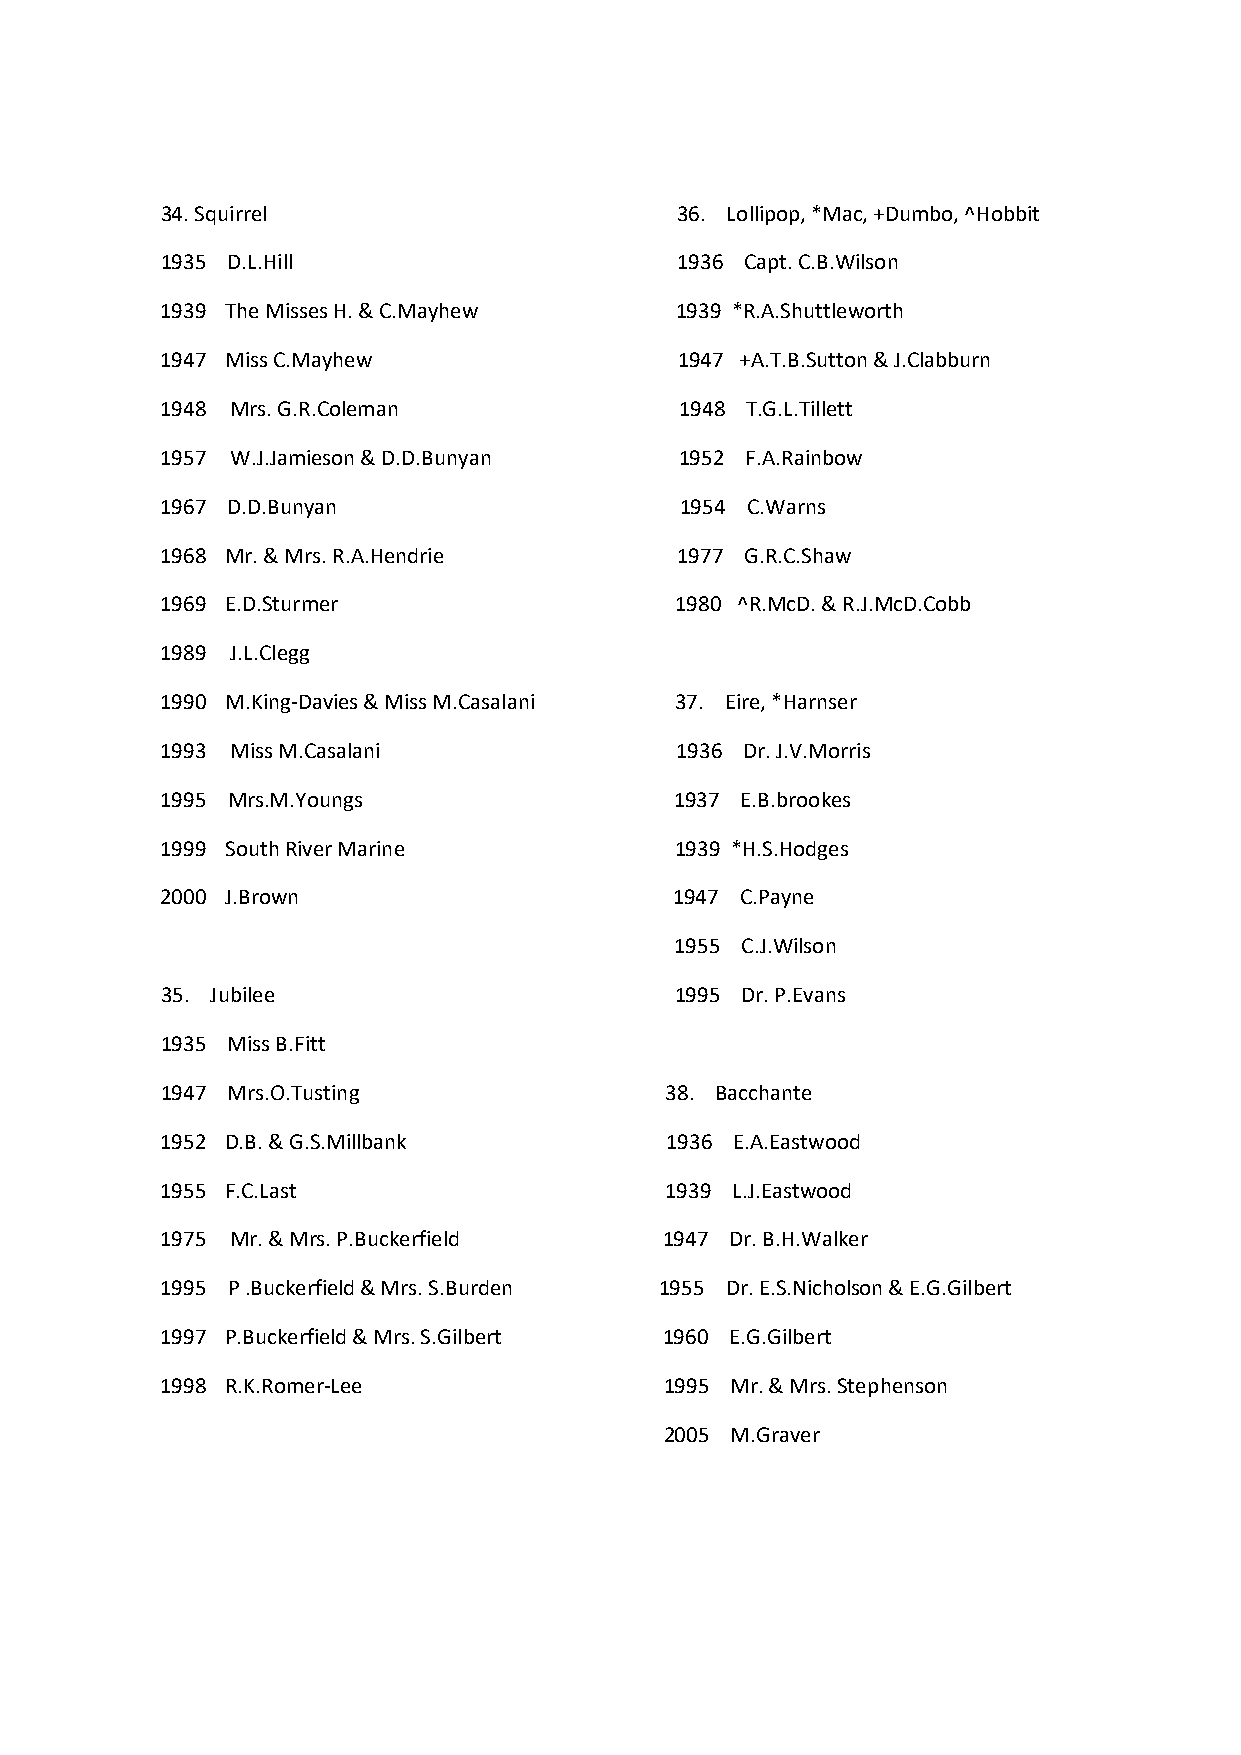
34. Squirrel                      36. Lollipop, *Mac, +Dumbo, ^Hobbit
 1935 D.L.Hill                     1936 Capt. C.B.Wilson
 1939 The Misses H. & C.Mayhew     1939 *R.A.Shuttleworth
 1947 Miss C.Mayhew                1947 +A.T.B.Sutton & J.Clabburn
 1948 Mrs. G.R.Coleman             1948 T.G.L.Tillett
 1957 W.J.Jamieson & D.D.Bunyan    1952 F.A.Rainbow
 1967 D.D.Bunyan                   1954 C.Warns
 1968 Mr. & Mrs. R.A.Hendrie       1977 G.R.C.Shaw
 1969 E.D.Sturmer                  1980 ^R.McD. & R.J.McD.Cobb
 1989 J.L.Clegg
 1990 M.King-Davies & Miss M.Casalani 37. Eire, *Harnser
 1993 Miss M.Casalani              1936 Dr. J.V.Morris
 1995 Mrs.M.Youngs                 1937 E.B.brookes
 1999 South River Marine           1939 *H.S.Hodges
 2000 J.Brown                      1947 C.Payne
 1955 C.J.Wilson
 35. Jubilee                       1995 Dr. P.Evans
 1935 Miss B.Fitt
 1947 Mrs.O.Tusting               38. Bacchante
 1952 D.B. & G.S.Millbank         1936 E.A.Eastwood
 1955 F.C.Last                    1939 L.J.Eastwood
 1975 Mr. & Mrs. P.Buckerfield    1947 Dr. B.H.Walker
 1995 P .Buckerfield & Mrs. S.Burden 1955 Dr. E.S.Nicholson & E.G.Gilbert
 1997 P.Buckerfield & Mrs. S.Gilbert 1960 E.G.Gilbert
 1998 R.K.Romer-Lee               1995 Mr. & Mrs. Stephenson
 2005 M.Graver